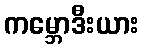
ကမ္ဘောဒီးယား